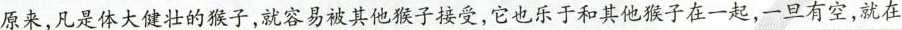
原来，凡是体大健壮的猴子，就容易被其他猴子接受，它也乐于和其他猴子在一起，一旦有空，就在